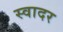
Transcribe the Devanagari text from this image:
स्वादर